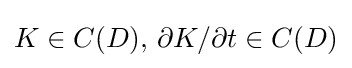
K\in C(D),\,\partial K/\partial t\in C(D)